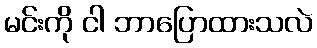
မင်းကို ငါ ဘာပြောထားသလဲ